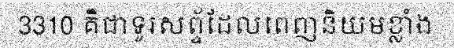
3310 គឺជាទូរសព្ទ័ដែលពេញនិយមខ្លាំង